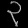
Digit: ၃